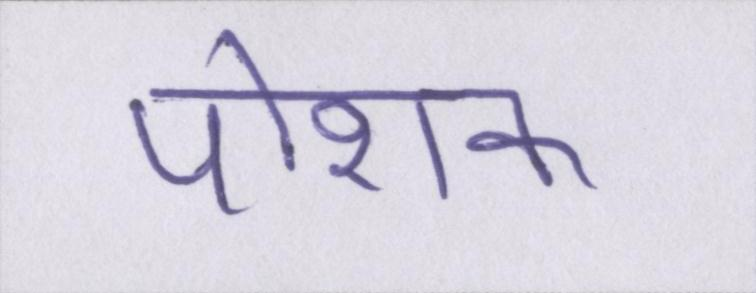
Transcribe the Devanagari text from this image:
पोशक